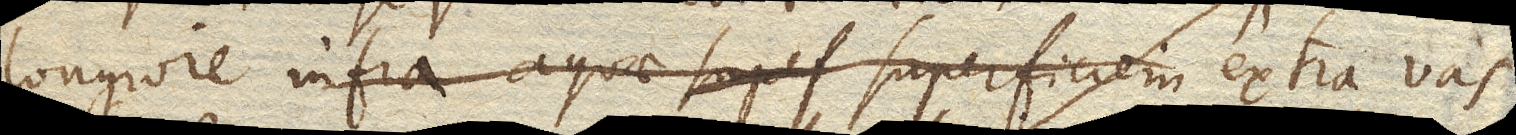
longiore infra aquae superficiem extra vas